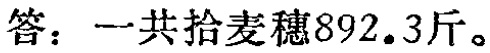
答：一共拾麦穗892.3斤。